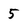
Character: 5